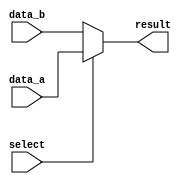
module conditional_assignment (
    input wire [7:0] data_a,    // 8-bit input data A
    input wire [7:0] data_b,    // 8-bit input data B
    input wire select,           // 1-bit select control signal
    output wire [7:0] result     // 8-bit output result
);

// Continuous assignment using ternary operator
assign result = (select) ? data_a : data_b;

endmodule